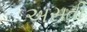
અસતી